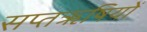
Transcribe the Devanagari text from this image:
सप्तॠषियों